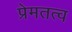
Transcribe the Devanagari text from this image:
प्रेमतत्व